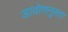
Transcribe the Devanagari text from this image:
आयोगानुसार